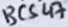
Text: BC547